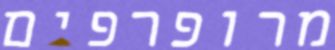
מרופרפים